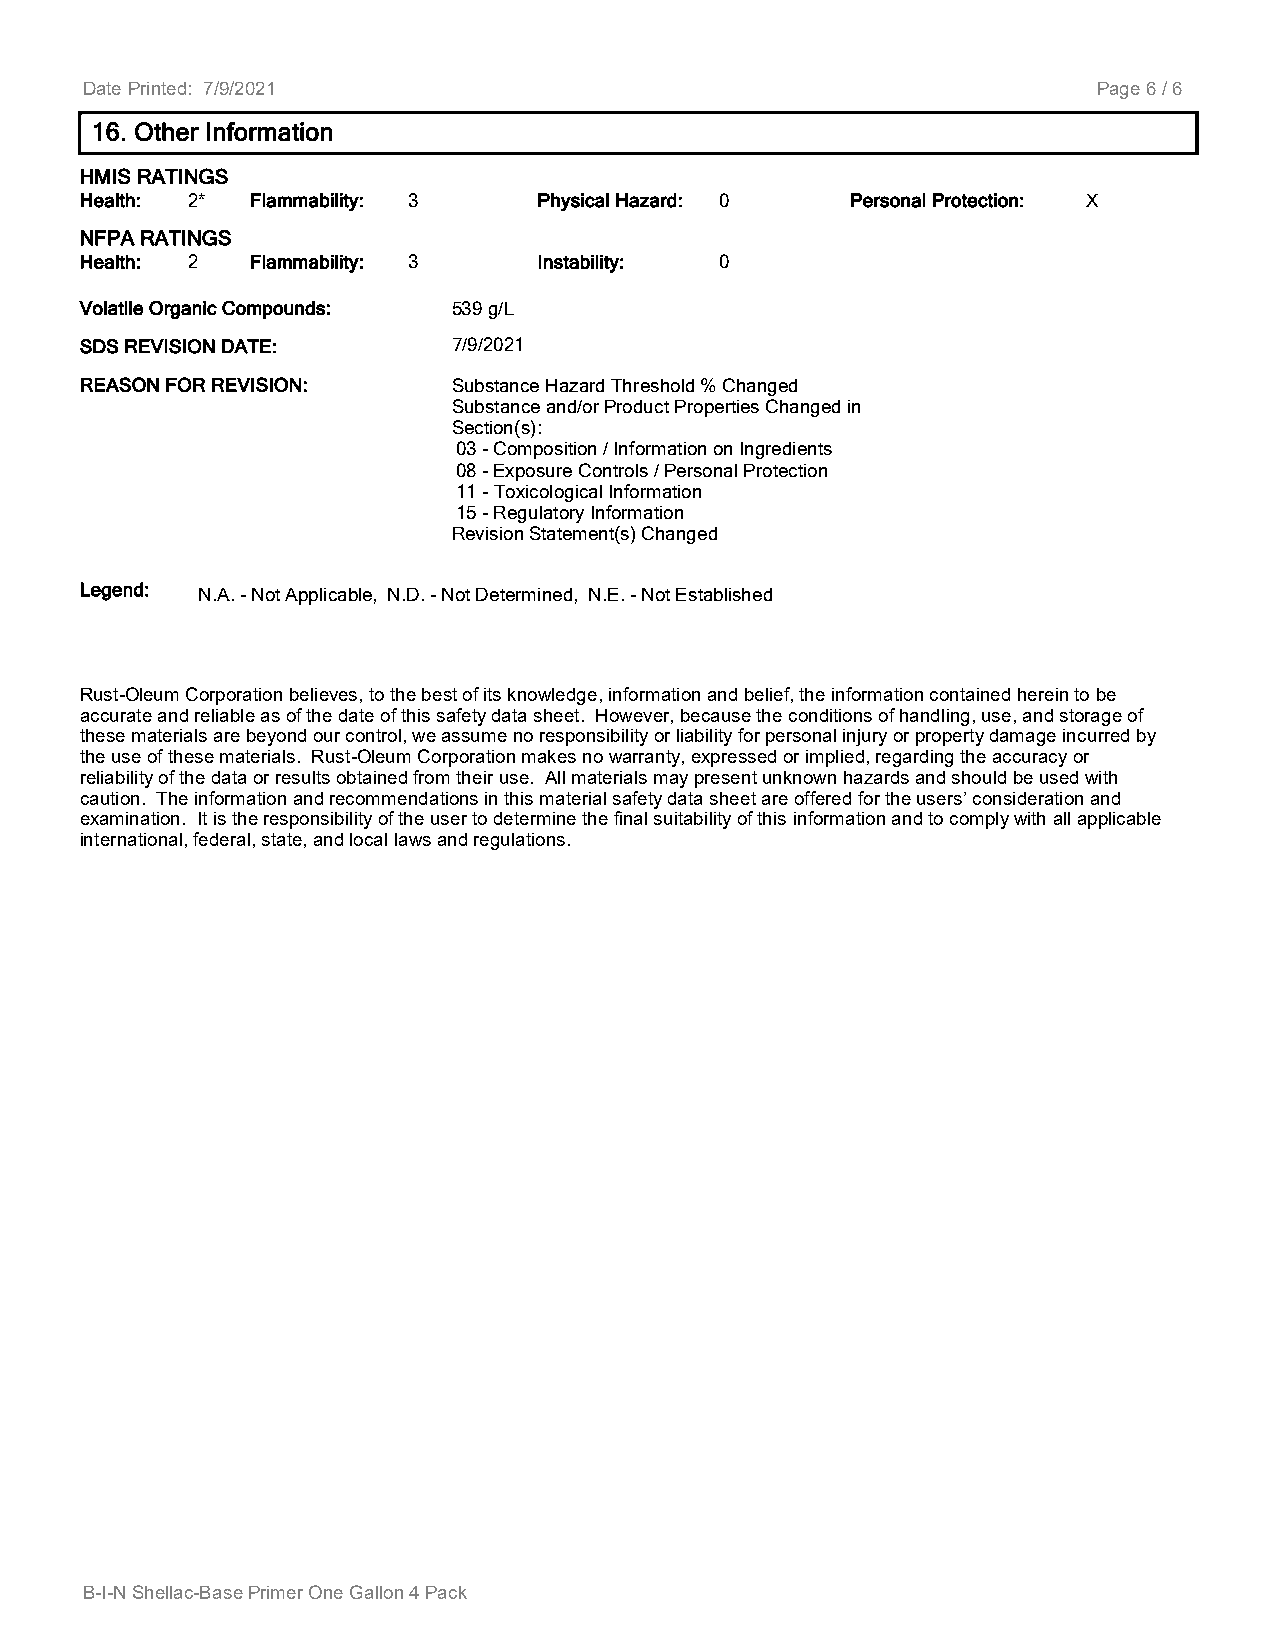
Date Printed: 7/9/2021                                              Page 6 / 6
 16. Other Information
 HMIS RATINGS
 Health: 2*  Flammability: 3    Physical Hazard: 0  Personal Protection: X
 NFPA RATINGS
 Health: 2   Flammability: 3    Instability: 0
 Volatile Organic Compounds: 539 g/L
 SDS REVISION DATE:       7/9/2021
 REASON FOR REVISION:     Substance Hazard Threshold % Changed
 Substance and/or Product Properties Changed in
 Section(s):
 03 - Composition / Information on Ingredients
 08 - Exposure Controls / Personal Protection
 11 - Toxicological Information
 15 - Regulatory Information
 Revision Statement(s) Changed
 Legend: N.A. - Not Applicable, N.D. - Not Determined, N.E. - Not Established
 Rust-Oleum Corporation believes, to the best of its knowledge, information and belief, the information contained herein to be
 accurate and reliable as of the date of this safety data sheet. However, because the conditions of handling, use, and storage of
 these materials are beyond our control, we assume no responsibility or liability for personal injury or property damage incurred by
 the use of these materials. Rust-Oleum Corporation makes no warranty, expressed or implied, regarding the accuracy or
 reliability of the data or results obtained from their use. All materials may present unknown hazards and should be used with
 caution. The information and recommendations in this material safety data sheet are offered for the users’ consideration and
 examination. It is the responsibility of the user to determine the final suitability of this information and to comply with all applicable
 international, federal, state, and local laws and regulations.
 B-I-N Shellac-Base Primer One Gallon 4 Pack